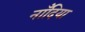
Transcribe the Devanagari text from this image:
नाँदिया